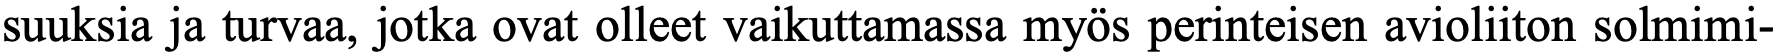
suuksia ja turvaa, jotka ovat olleet vaikuttamassa myös perinteisen avioliiton solmimi-